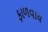
ફાળવાય